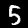
Label: 5